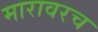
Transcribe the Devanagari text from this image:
मारावरच